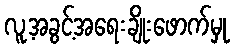
လူ့အခွင့်အရေးချိုးဖောက်မှု